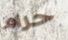
حرام